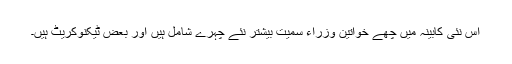
اس نئی کابینہ میں چھے خواتین وزراء سمیت بیشتر نئے چہرے شامل ہیں اور بعض ٹیکنوکریٹ ہیں۔